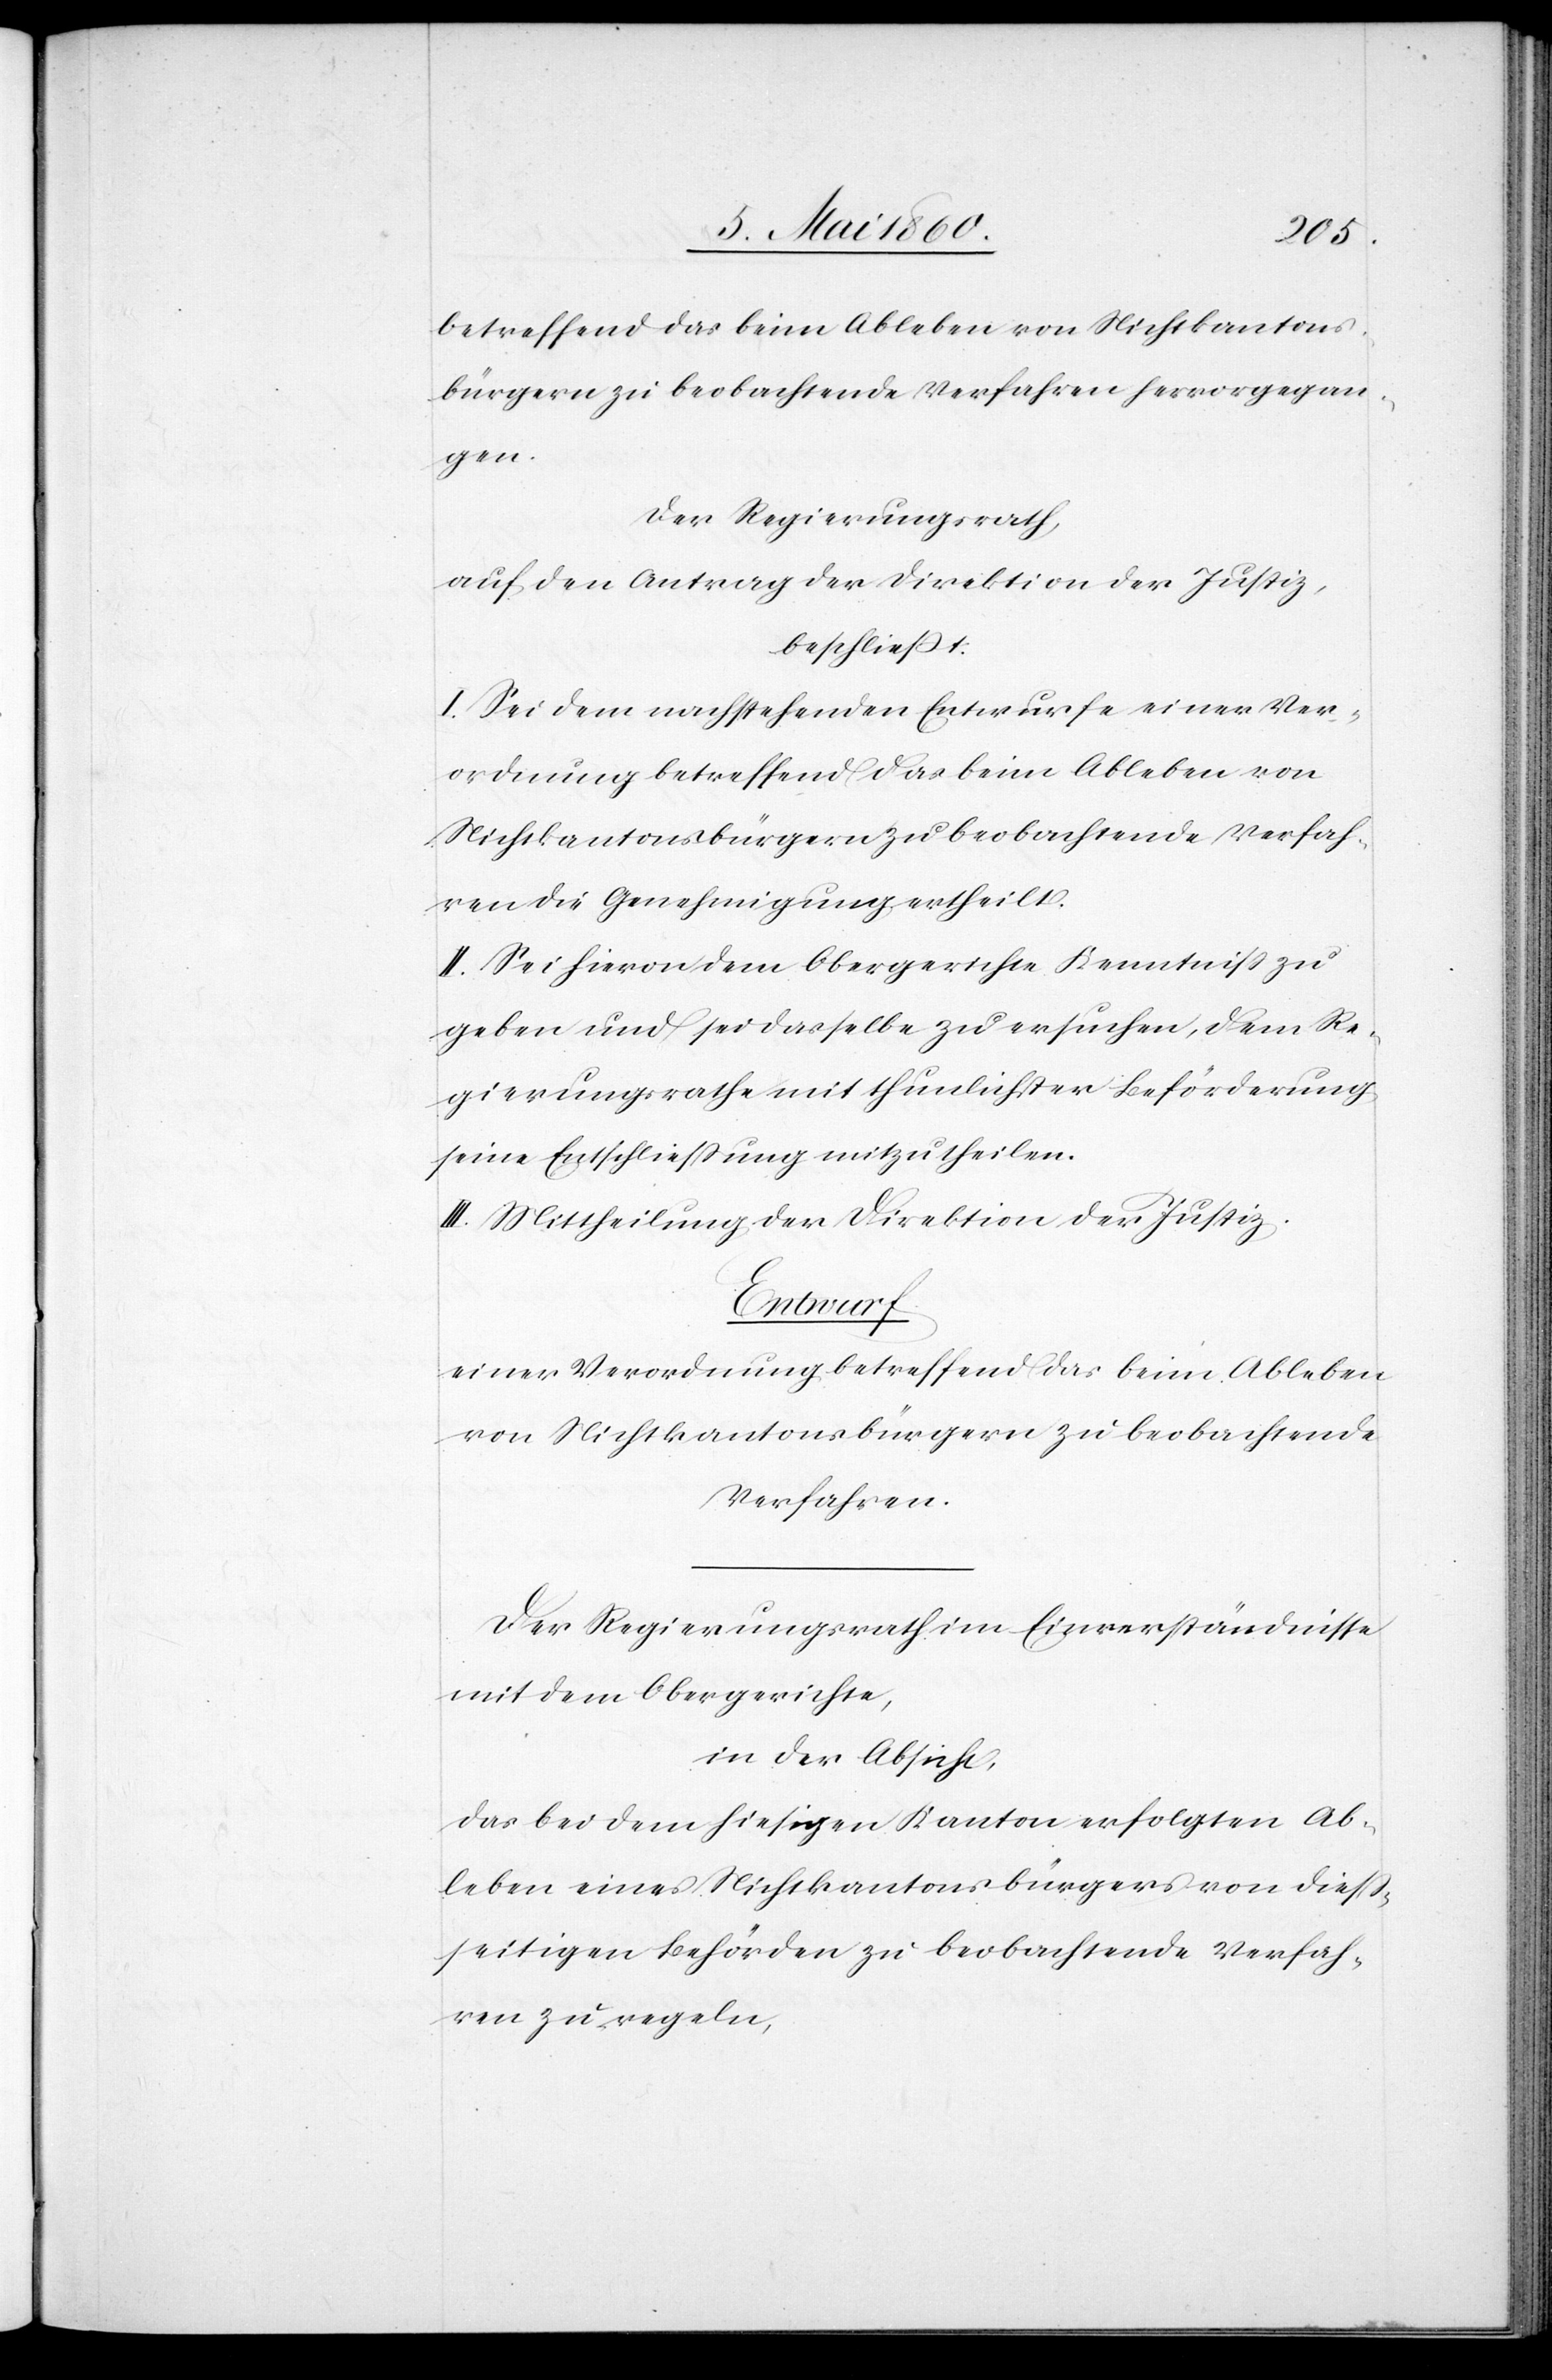
betreffend das beim Ableben von Nichtkantons¬
bürgern zu beobachtende Verfahren hervorgegan¬
gen.
Der Regierungsrath,
auf den Antrag der Direktion der Justiz,
beschliesst:
I. Sei dem nachstehenden Entwurfe eine Ver¬
ordnung betreffend das beim Ableben von
Nichtkantonsbürgern zu beobachtende Verfah¬
ren die Genehmigung ertheilt.
II. Sei hievon dem Obergerichte Kenntniss zu
geben und sei dasselbe zu ersuchen, dem Re¬
gierungsrathe mit thunlichster Beförderung
seine Entschließung mitzutheilen.
III. Mittheilung der Direktion der Justiz.
Entwurf
einer Verordnung betreffend das beim Ableben
von Nichtkantonsbürgern zu beobachtende
Verfahren.
Der Regierungsrath im Einverständnisse
mit dem Obergerichte,
in der Absicht,
das bei dem hiesigen Kanton erfolgten Ab¬
leben eines Nichtkantonsbürgers von diess¬
seitigen Behörden zu beobachtende Verfah¬
ren zu regeln.